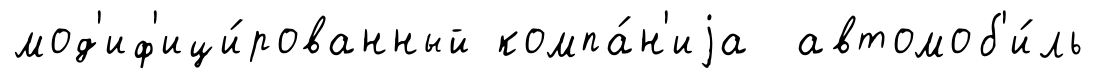
мод'иф'ици́рованный компа́н'иjа автомоб'и́ль